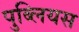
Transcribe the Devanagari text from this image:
पुब्लियस